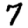
Digit: 7